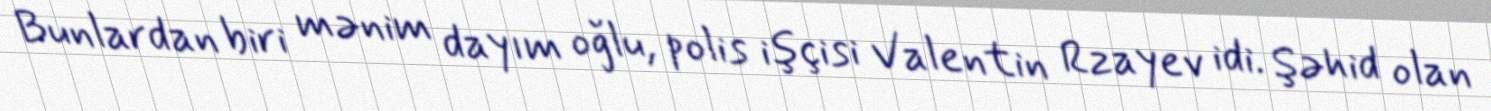
Bunlardan biri mənim dayım oğlu, polis işçisi Valentin Rzayev idi. Şəhid olan